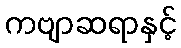
ကဗျာဆရာနှင့်